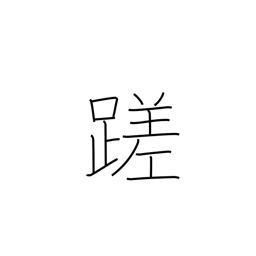
Meaning: stumble